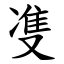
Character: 㕠